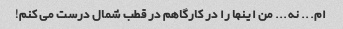
ام... نه... من اینها را در کارگاهم در قطب شمال درست می کنم!